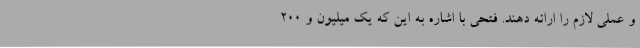
و عملی لازم را ارائه دهند. فتحی با اشاره به این که یک میلیون و 200